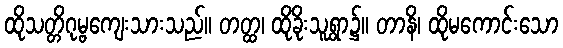
ထိုသတ္တိဂုမ္ဗကျေးသားသည်။ တတ္ထ၊ ထိုခိုးသူရွာ၌။ တာနိ၊ ထိုမကောင်းသော